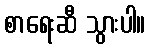
စာရေးဆီ သွားပါ။